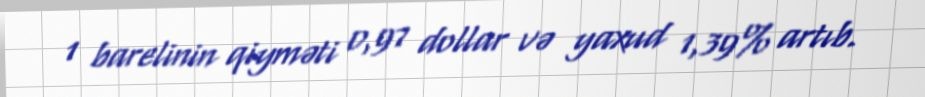
1 barelinin qiyməti 0,97 dollar və yaxud 1,39% artıb.